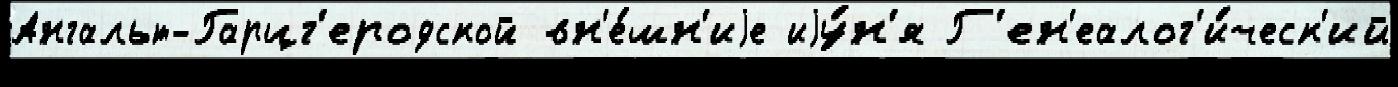
Ангальт-Гарцг'еродской вн'е́шн'иjе иjу́н'я Г'ен'еалог'и́ческ'ий